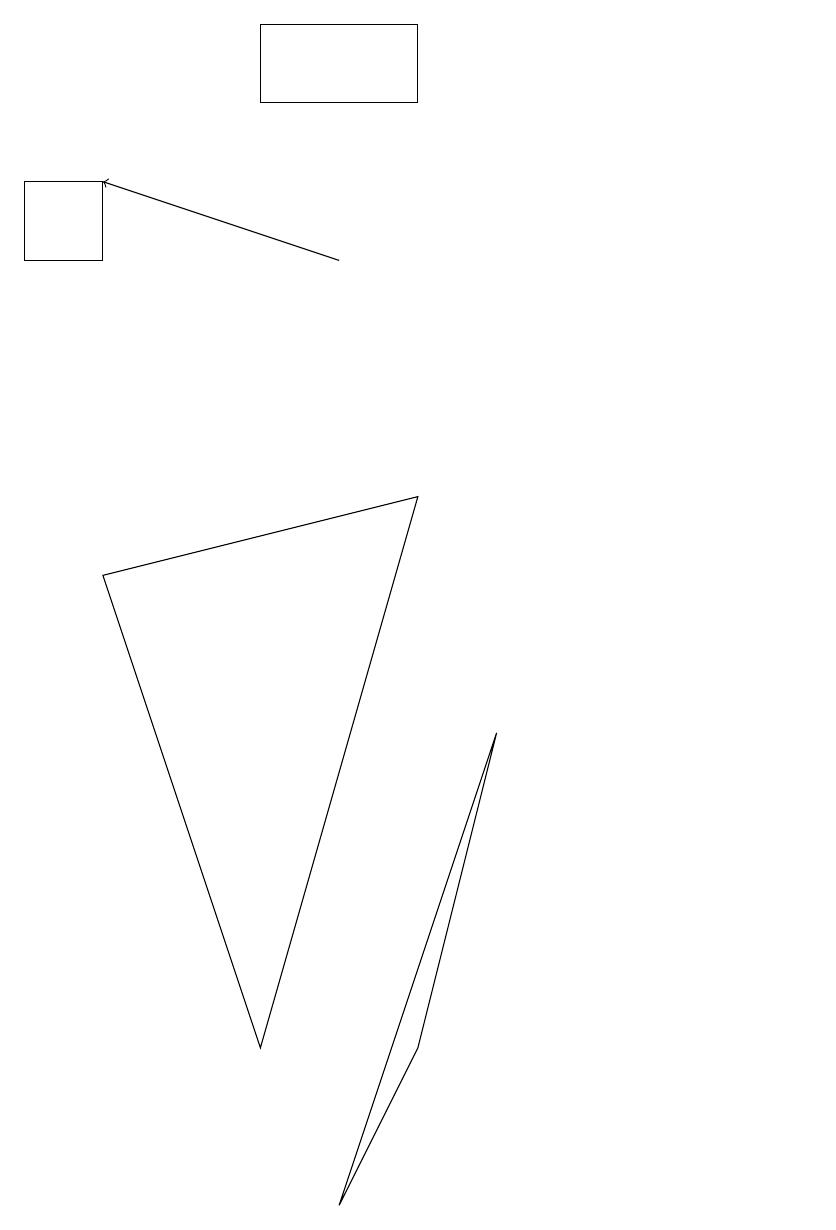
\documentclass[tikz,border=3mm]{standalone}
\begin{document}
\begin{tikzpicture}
\draw[->] (4,12) -- (1,13);
\draw (3,2) -- (1,8) -- (5,9) -- cycle;
\draw (10,11) circle (0);
\draw (4,0) -- (6,6) -- (5,2) -- cycle;
\draw (5,15) rectangle (3,14);
\draw (0,12) rectangle (1,13);
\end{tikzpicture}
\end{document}